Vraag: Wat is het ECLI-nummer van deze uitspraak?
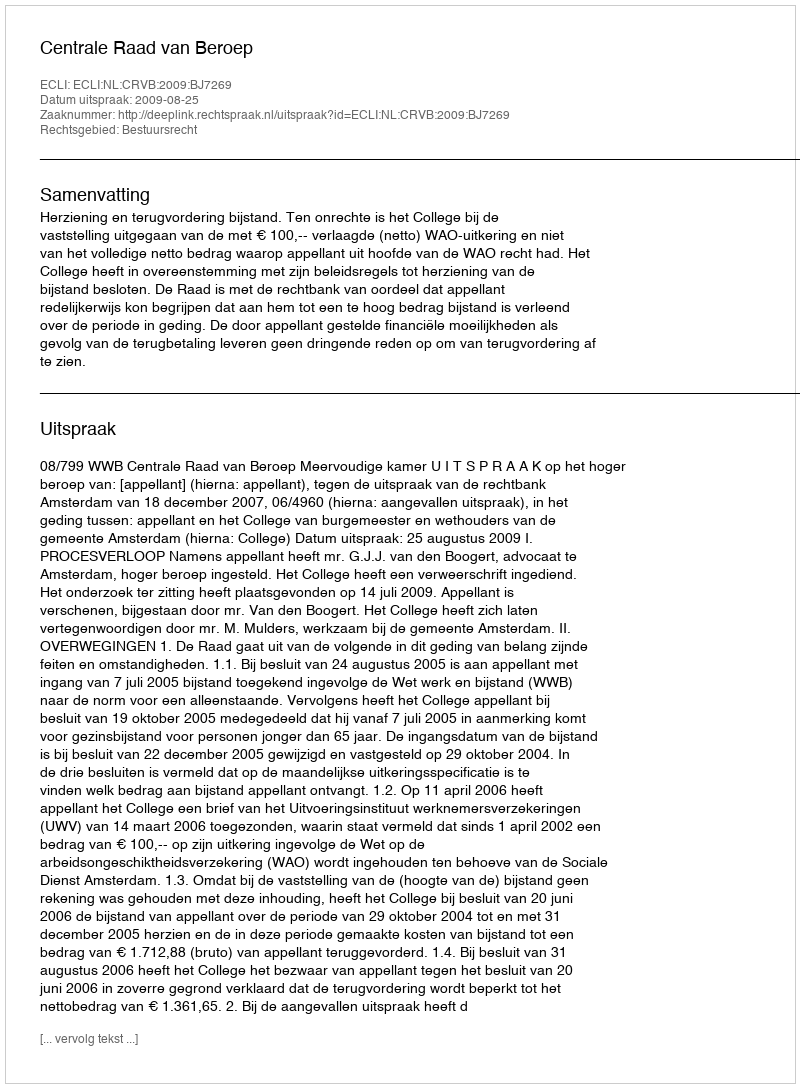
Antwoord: ECLI:NL:CRVB:2009:BJ7269